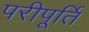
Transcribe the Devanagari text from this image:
परीपूर्ति